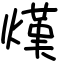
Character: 熯